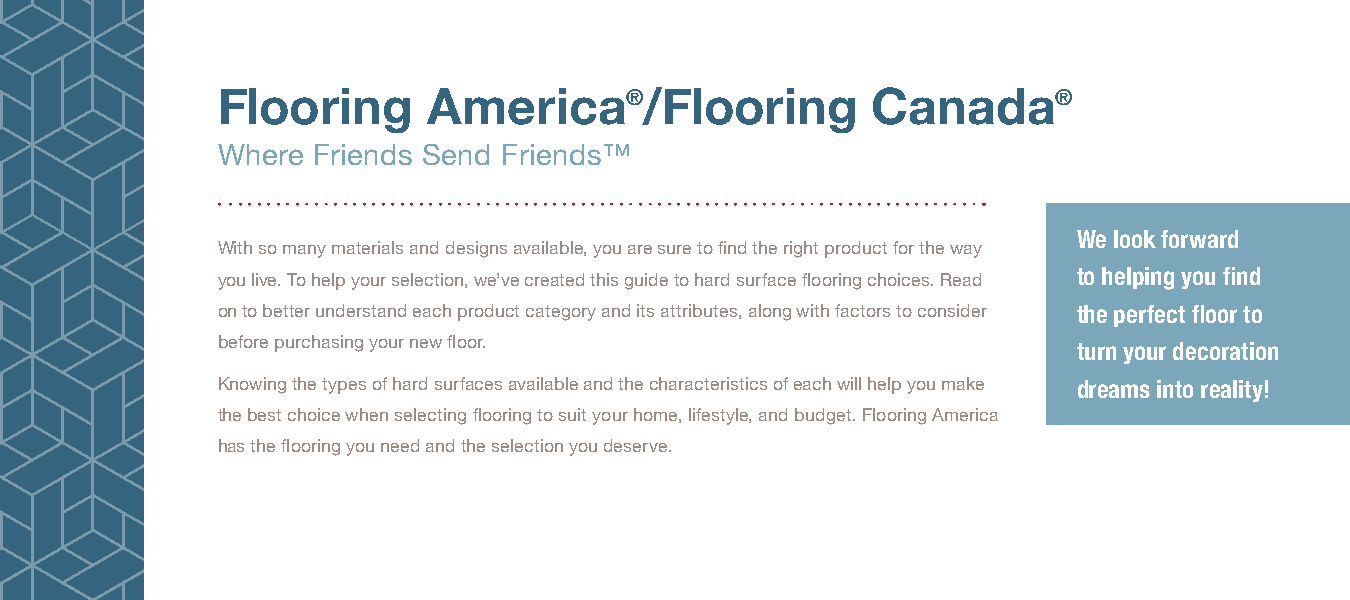
Flooring      America®/Flooring             Canada®
 Where  Friends Send Friends™
 We look forward
 With so many materials and designs available, you are sure to find the right product for the way
 to helping you find
 you live. To help your selection, we’ve created this guide to hard surface flooring choices. Read
 on to better understand each product category and its attributes, along with factors to consider the perfect floor to
 before purchasing your new floor.                        turn your decoration
 Knowing the types of hard surfaces available and the characteristics of each will help you make dreams into reality!
 the best choice when selecting flooring to suit your home, lifestyle, and budget. Flooring America
 has the flooring you need and the selection you deserve.